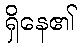
ရှိနေ၏